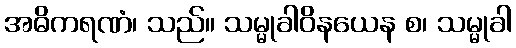
အဓိကရဏံ၊ သည်။ သမ္မုခါဝိနယေန စ၊ သမ္မုခါ